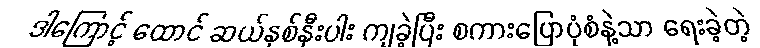
ဒါကြောင့် ထောင် ဆယ်နှစ်နီးပါး ကျခဲ့ပြီး စကားပြောပုံစံနဲ့သာ ရေးခဲ့တဲ့